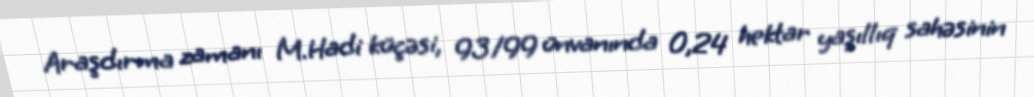
Araşdırma zamanı M.Hadi küçəsi, 93/99 ünvanında 0,24 hektar yaşıllıq sahəsinin